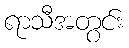
ရာသီအတွင်း